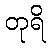
တုရိ